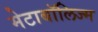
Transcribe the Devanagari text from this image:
मेटाबॉलिज्म